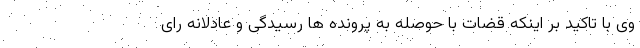
وی با تاکید بر اینکه قضات با حوصله به پرونده ها رسیدگی و عادلانه رای